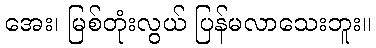
အေး၊ မြစ်တုံးလွယ် ပြန်မလာသေးဘူး။